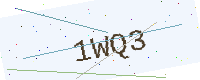
Text: 1WQ3